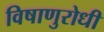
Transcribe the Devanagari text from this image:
विषाणुरोधी